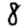
Digit: 8